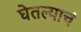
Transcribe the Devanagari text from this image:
घेतल्याचं